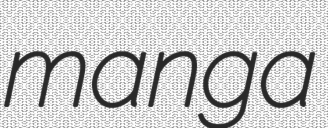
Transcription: manga